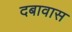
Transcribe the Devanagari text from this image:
दबावास